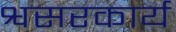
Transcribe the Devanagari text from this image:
श्वसरकार्य